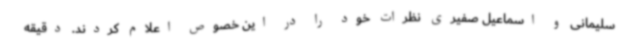
سلیمانی و اسماعیل صفیری نظرات خود را در این خصوص اعلام کردند. دقیقه